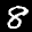
Label: 8